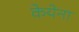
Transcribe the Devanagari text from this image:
केयेना